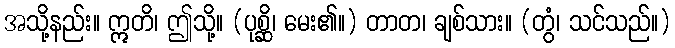
အသို့နည်း။ ဣတိ၊ ဤသို့။ (ပုစ္ဆိ၊ မေး၏။) တာတ၊ ချစ်သား။ (တွံ၊ သင်သည်။)